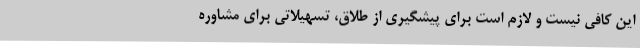
این کافی نیست و لازم است برای پیشگیری از طلاق، تسهیلاتی برای مشاوره